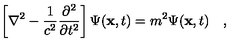
\left[ \nabla ^ { 2 } - { \frac { 1 } { c ^ { 2 } } } { \frac { \partial ^ { 2 } } { \partial t ^ { 2 } } } \right] \Psi ( { \bf x } , t ) = m ^ { 2 } \Psi ( { \bf x } , t ) \quad ,